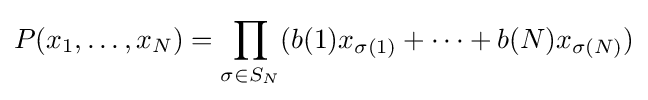
P(x_{1},\dots ,x_{N})=\prod _{\sigma \in S_{N}}(b(1)x_{\sigma (1)}+\cdots +b(N)x_{\sigma (N)})